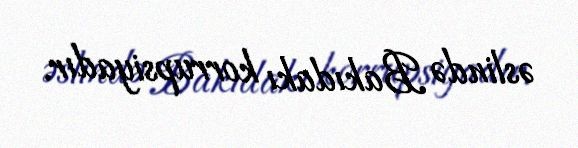
əslində Bakıdakı korrupsiyadır.